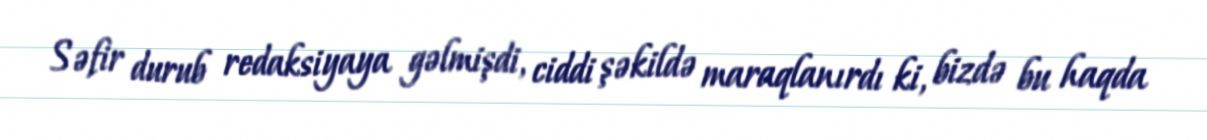
Səfir durub redaksiyaya gəlmişdi, ciddi şəkildə maraqlanırdı ki, bizdə bu haqda